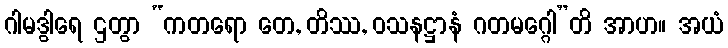
ဂါမဒွါရေ ဌတွာ “ကတရော တေ, တိဿ, ဝသနဋ္ဌာနံ ဂတမဂ္ဂေါ”တိ အာဟ။ အယံ